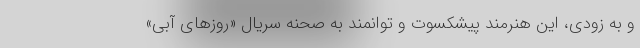
و به زودی، این هنرمند پیشکسوت و توانمند به صحنه سریال «روزهای آبی»